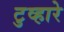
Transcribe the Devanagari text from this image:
टुव्हारे